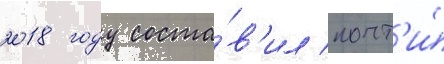
2018 году соста́в'ил почт'и́